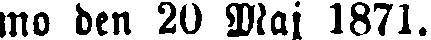
mo den 20 Maj 1871.